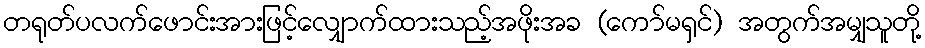
တရုတ်ပလက်ဖောင်းအားဖြင့်လျှောက်ထားသည့်အဖိုးအခ (ကော်မရှင်) အတွက်အမျှသူတို့